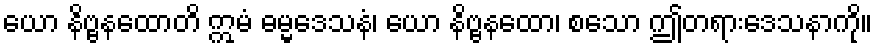
ယော နိဗ္ဗနထောတိ ဣမံ ဓမ္မဒေသနံ၊ ယော နိဗ္ဗနထော၊ စသော ဤတရားဒေသနာကို။